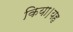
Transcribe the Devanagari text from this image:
किया।यह